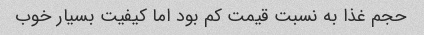
حجم غذا به نسبت قیمت کم بود اما کیفیت بسیار خوب